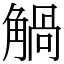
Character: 𧤐